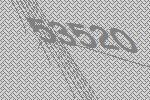
53520